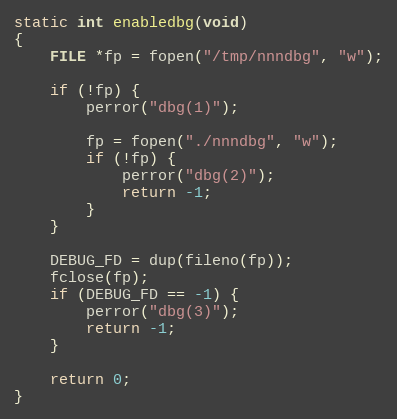
Language: C
static int enabledbg(void)
{
	FILE *fp = fopen("/tmp/nnndbg", "w");

	if (!fp) {
		perror("dbg(1)");

		fp = fopen("./nnndbg", "w");
		if (!fp) {
			perror("dbg(2)");
			return -1;
		}
	}

	DEBUG_FD = dup(fileno(fp));
	fclose(fp);
	if (DEBUG_FD == -1) {
		perror("dbg(3)");
		return -1;
	}

	return 0;
}